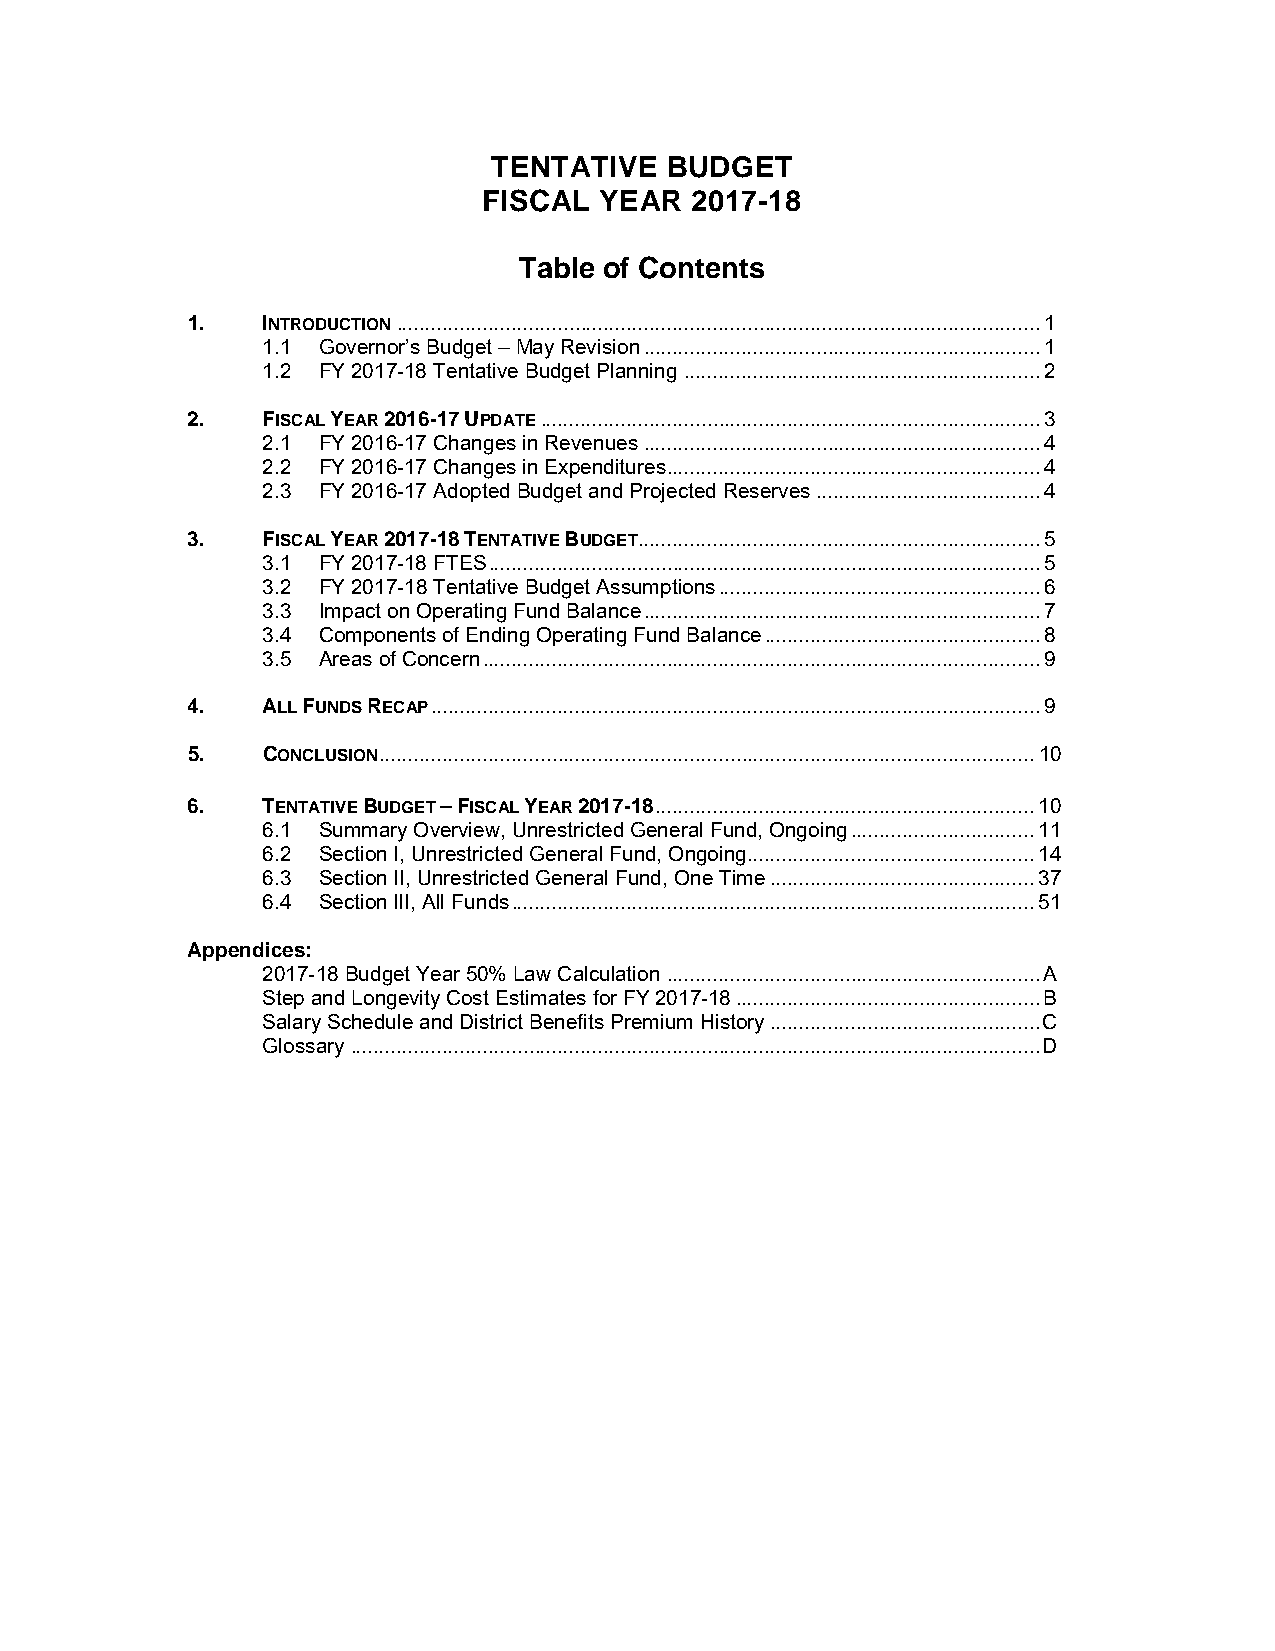
TENTATIVE  BUDGET
 FISCAL  YEAR  2017-18
 Table of Contents
 1.   INTRODUCTION ................................................................................................................ 1
 1.1 Governor’s Budget – May Revision ..................................................................... 1
 1.2 FY 2017-18 Tentative Budget Planning .............................................................. 2
 2.   FISCAL YEAR 2016-17 UPDATE ....................................................................................... 3
 2.1 FY 2016-17 Changes in Revenues ..................................................................... 4
 2.2 FY 2016-17 Changes in Expenditures ................................................................. 4
 2.3 FY 2016-17 Adopted Budget and Projected Reserves ....................................... 4
 3.   FISCAL YEAR 2017-18 TENTATIVE BUDGET ...................................................................... 5
 3.1 FY 2017-18 FTES ................................................................................................ 5
 3.2 FY 2017-18 Tentative Budget Assumptions ........................................................ 6
 3.3 Impact on Operating Fund Balance ..................................................................... 7
 3.4 Components of Ending Operating Fund Balance ................................................ 8
 3.5 Areas of Concern ................................................................................................. 9
 4.   ALL FUNDS RECAP .......................................................................................................... 9
 5.   CONCLUSION .................................................................................................................. 10
 6.   TENTATIVE BUDGET – FISCAL YEAR 2017-18 .................................................................. 10
 6.1 Summary Overview, Unrestricted General Fund, Ongoing ................................ 11
 6.2 Section I, Unrestricted General Fund, Ongoing .................................................. 14
 6.3 Section II, Unrestricted General Fund, One Time .............................................. 37
 6.4 Section III, All Funds ........................................................................................... 51
 Appendices:
 2017-18 Budget Year 50% Law Calculation ................................................................. A
 Step and Longevity Cost Estimates for FY 2017-18 ..................................................... B
 Salary Schedule and District Benefits Premium History ............................................... C
 Glossary ........................................................................................................................ D